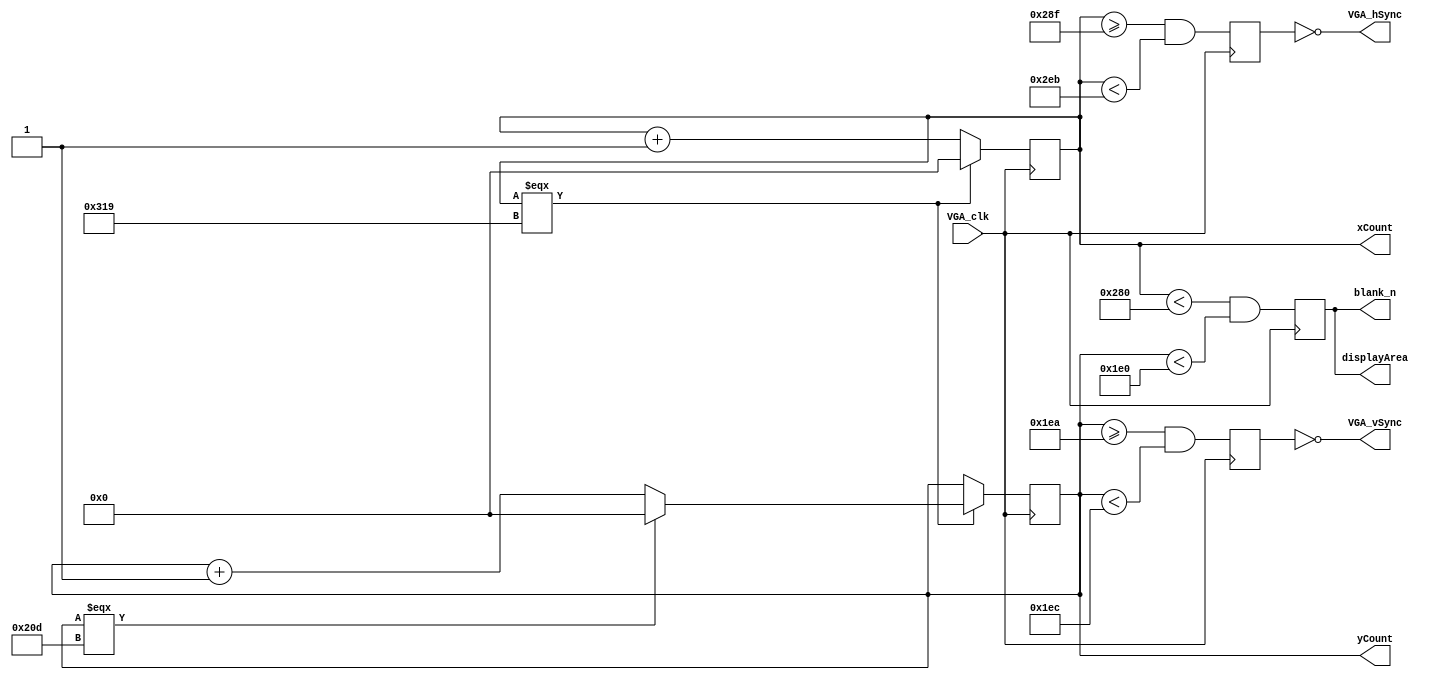

module VGA_Controller(VGA_clk, xCount, yCount, displayArea, VGA_hSync, VGA_vSync, blank_n);

	input VGA_clk;
	output reg [9:0]xCount, yCount; 
	output reg displayArea;  
	output VGA_hSync, VGA_vSync, blank_n;

	reg p_hSync, p_vSync; 
	
	integer porchHF = 640; //start of horizntal front porch
	integer syncH = 655;//start of horizontal sync
	integer porchHB = 747; //start of horizontal back porch
	integer maxH = 793; //total length of line.

	integer porchVF = 480; //start of vertical front porch 
	integer syncV = 490; //start of vertical sync
	integer porchVB = 492; //start of vertical back porch
	integer maxV = 525; //total rows. 

	always@(posedge VGA_clk)
	begin
		if(xCount === maxH)
			xCount <= 0;
		else
			xCount <= xCount + 1;
	end
	// 93sync, 46 bp, 640 display, 15 fp
	// 2 sync, 33 bp, 480 display, 10 fp
	always@(posedge VGA_clk)
	begin
		if(xCount === maxH)
		begin
			if(yCount === maxV)
				yCount <= 0;
			else
			yCount <= yCount + 1;
		end
	end
	
	always@(posedge VGA_clk)
	begin
		displayArea <= ((xCount < porchHF) && (yCount < porchVF)); 
	end

	always@(posedge VGA_clk)
	begin
		p_hSync <= ((xCount >= syncH) && (xCount < porchHB)); 
		p_vSync <= ((yCount >= syncV) && (yCount < porchVB)); 
	end
 
	assign VGA_vSync = ~p_vSync; 
	assign VGA_hSync = ~p_hSync;
	assign blank_n = displayArea;
endmodule